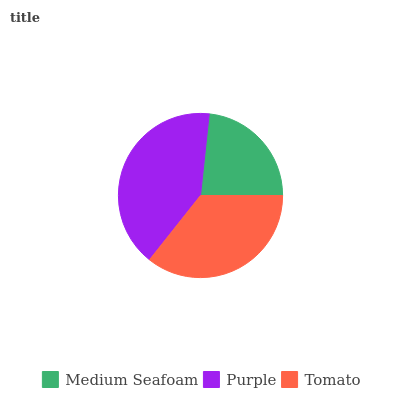
| Medium Seafoam | Purple | Tomato |
 | --- | --- | --- |
 | 23.2% | 41.1% | 35.7% |